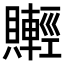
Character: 𧸰